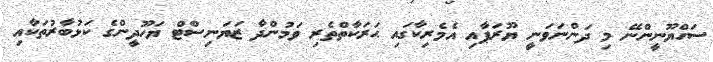
ސަހްޔޫނީންނޭ މި ދަންނަވަނީ ޔޫރަޕާއި އެމެރިކާގައި ޙަރަކާތްތެރި ވަމުންދާ ޒަޔަނިސްޓް ޔަހޫދީންގެ ކަޅުބާރުތަކާއި